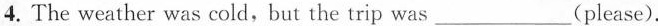
4. The weather was cold, but the trip was ___ （please).